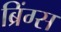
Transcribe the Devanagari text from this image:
ब्रिंग्स